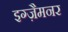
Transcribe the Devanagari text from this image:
इग्ज़ैमनर